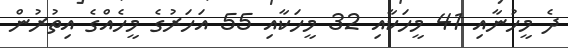
ދެ މީހުނާއި 41 މީހަކާއި 32 މީހަކާއި 55 އަހަރުގެ މީހެއްގެ އިތުރުން